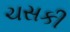
ચસકી